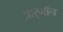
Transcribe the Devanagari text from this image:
आर्‌गॉन